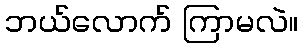
ဘယ်လောက် ကြာမလဲ။